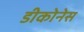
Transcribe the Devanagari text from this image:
डीकोनेस